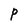
Character: P